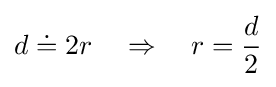
d\doteq 2r\quad \Rightarrow \quad r={\frac {d}{2}}